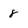
Character: 8